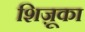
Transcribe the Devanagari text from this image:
शिज़ूका